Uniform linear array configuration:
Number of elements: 32
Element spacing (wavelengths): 1
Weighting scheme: cosine
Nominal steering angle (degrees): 45
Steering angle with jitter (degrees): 43.025
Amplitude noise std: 0.05
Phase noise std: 0.05

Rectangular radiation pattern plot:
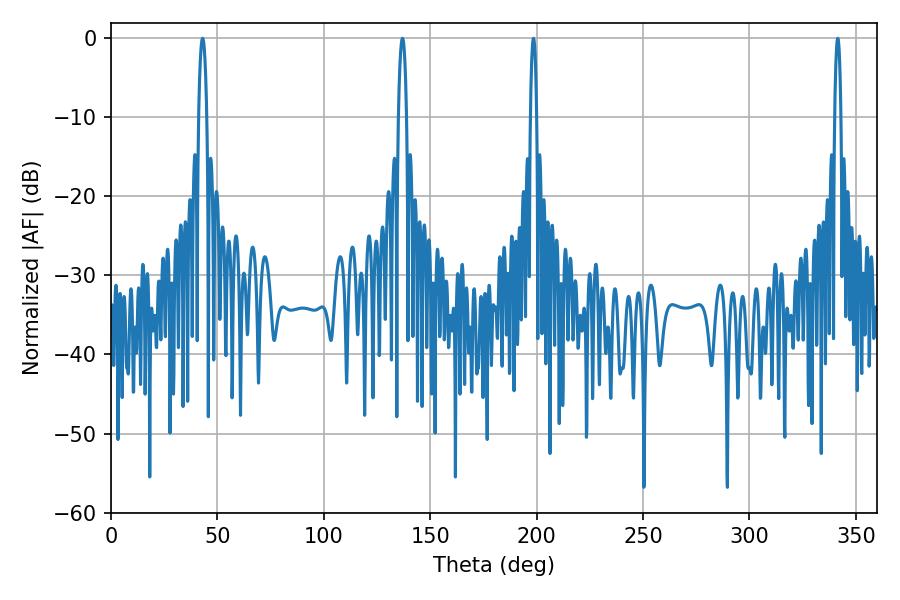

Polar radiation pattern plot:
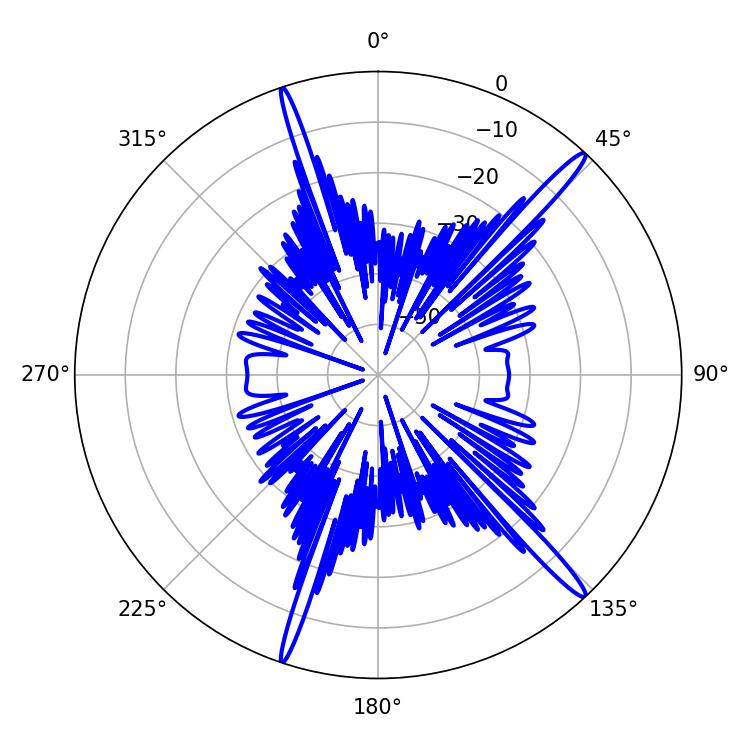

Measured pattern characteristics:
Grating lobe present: TRUE
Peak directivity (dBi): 17.229
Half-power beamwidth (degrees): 2.16
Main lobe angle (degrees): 43.02